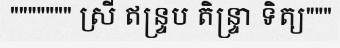
""""""" ស្រី ឥន្ទ្រប តិន្ទ្រា ទិត្យ"""